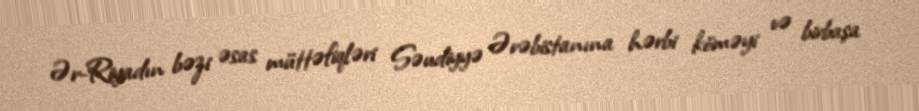
Ər-Riyadın bəzi əsas müttəfiqləri Səudiyyə Ərəbistanına hərbi köməyi və birbaşa